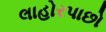
લાહોરપાછો